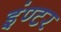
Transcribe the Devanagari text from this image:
इंण्टर